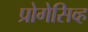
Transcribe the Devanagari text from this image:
प्रोगेसिव्ह